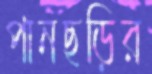
পানছড়ির